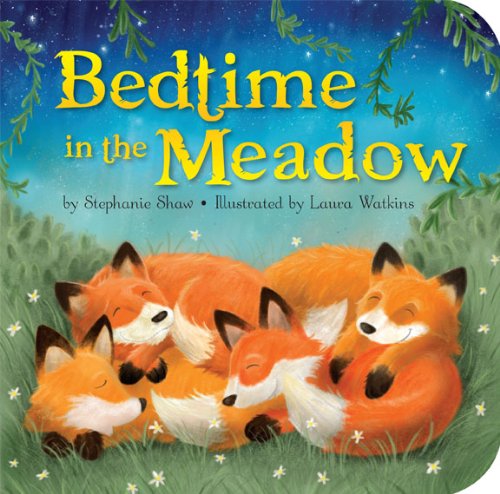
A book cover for Bedtime in the Meadow (Padded Board Books); Stephanie Shaw; Children's Books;